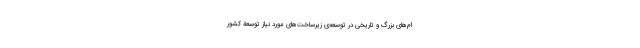
ام‌های بزرگ و تاریخی در توسعه‌ی زیرساخت‌های مورد نیاز توسعة کشور